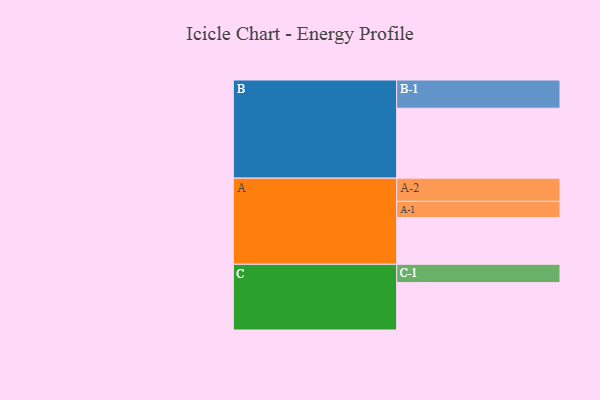
{"axis": {"x": "Segment", "y": "Value"}, "legend": ["", "A", "B", "C"], "data": [{"x": "A", "y": 385, "type": ""}, {"x": "B", "y": 576, "type": ""}, {"x": "C", "y": 390, "type": ""}, {"x": "A-1", "y": 133, "type": "A"}, {"x": "A-2", "y": 191, "type": "A"}, {"x": "B-1", "y": 232, "type": "B"}, {"x": "C-1", "y": 151, "type": "C"}]}